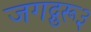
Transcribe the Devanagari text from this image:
जगद्गुरू३